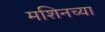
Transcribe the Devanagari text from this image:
मशिनच्या